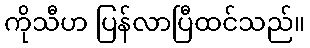
ကိုသီဟ ပြန်လာပြီထင်သည်။